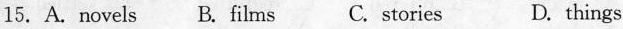
15. A. novels B. films C. stories D. things